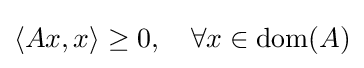
\langle Ax,x\rangle \geq 0,\quad \forall x\in \operatorname {dom} (A)